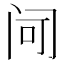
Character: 𬮠